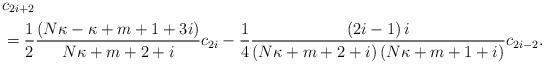
LaTeX: \begin{align*}& c_{2i+2}\\& =\frac{1}{2}\frac{\left( N\kappa-\kappa+m+1+3i\right) }{N\kappa+m+2+i}c_{2i}-\frac{1}{4}\frac{\left( 2i-1\right) i}{\left( N\kappa+m+2+i\right) \left( N\kappa+m+1+i\right) }c_{2i-2}.\end{align*}